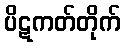
ပိဋကတ်တိုက်